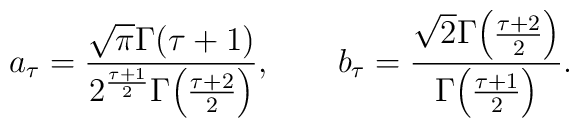
a_\tau = { \sqrt{\pi} \Gamma(\tau+1)   \over 2^{\tau+1\over 2} \Gamma\!\left( {\tau+2 \over 2} \right)}, \qquad b_\tau = { \sqrt{2} \Gamma\!\left( {\tau+2 \over 2} \right)  \over \Gamma\!\left( {\tau+1 \over 2} \right) }.